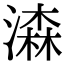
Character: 潹